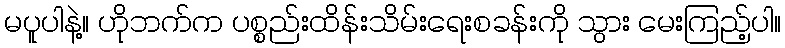
မပူပါနဲ့။ ဟိုဘက်က ပစ္စည်းထိန်းသိမ်းရေးစခန်းကို သွား မေးကြည့်ပါ။